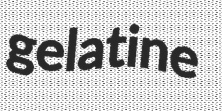
gelatine